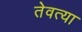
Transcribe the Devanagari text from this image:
तेवत्या